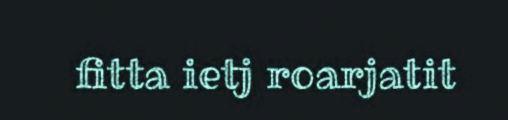
fitta ietj roarjatit